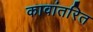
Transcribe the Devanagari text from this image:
कावांतरित